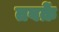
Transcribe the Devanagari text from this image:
तबक़ें